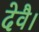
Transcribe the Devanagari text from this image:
देवै।